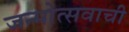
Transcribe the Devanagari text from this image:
जन्मोत्सवाची